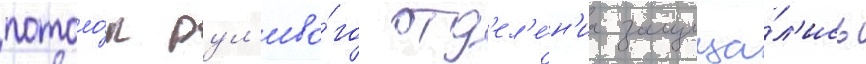
потоло́к рул'ево́го отд'ел'е́н'иа защища́л'ись